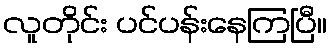
လူတိုင်း ပင်ပန်းနေကြပြီ။